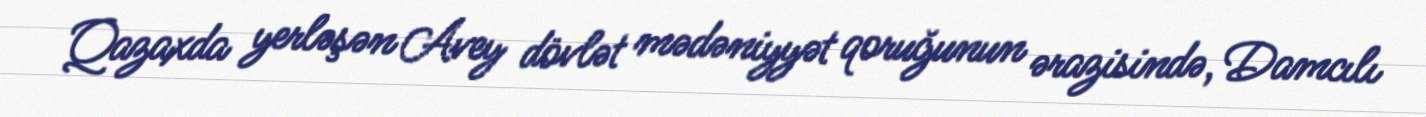
Qazaxda yerləşən Avey dövlət mədəniyyət qoruğunun ərazisində, Damcılı